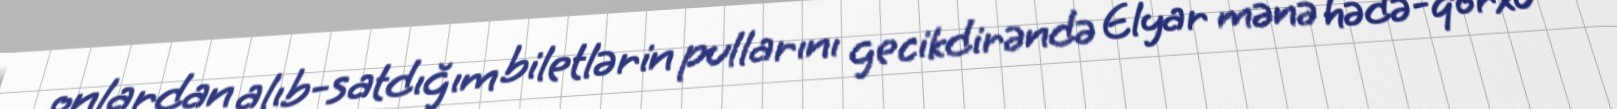
onlardan alıb-satdığım biletlərin pullarını gecikdirəndə Elyar mənə hədə-qorxu